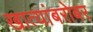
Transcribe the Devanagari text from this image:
खात्यांबरोबर